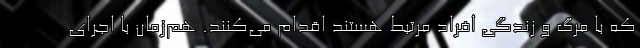
که با مرگ و زندگی افراد مرتبط هستند اقدام می‌کنند. هم‌زمان با اجرای